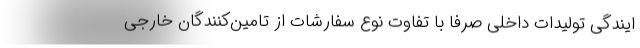
ایندگی تولیدات داخلی صرفاً با تفاوت نوع سفارشات از تامین‌کنندگان خارجی